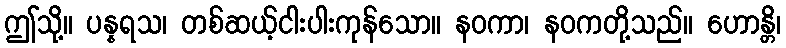
ဤသို့။ ပန္နရသ၊ တစ်ဆယ့်ငါးပါးကုန်သော။ နဝကာ၊ နဝကတို့သည်။ ဟောန္တိ၊